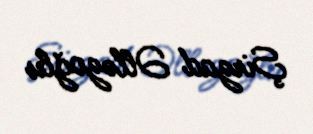
Şirzad Əlləzoğlu